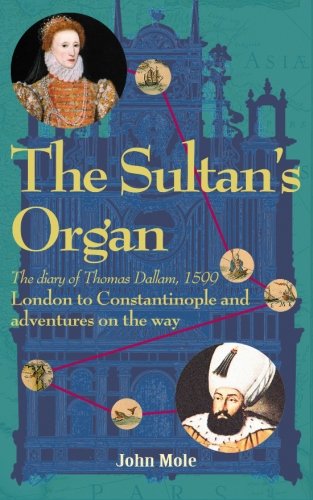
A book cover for The Sultan's Organ: London to Constantinople in 1599 and adventures on the way; John Mole; Travel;